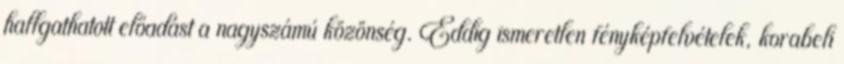
hallgathatott előadást a nagyszámú közönség. Eddig ismeretlen fényképfelvételek, korabeli